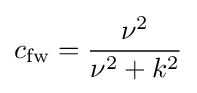
c_{\text{fw}}={\frac {\nu ^{2}}{\nu ^{2}+k^{2}}}